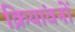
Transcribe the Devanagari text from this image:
क्रियांवनों